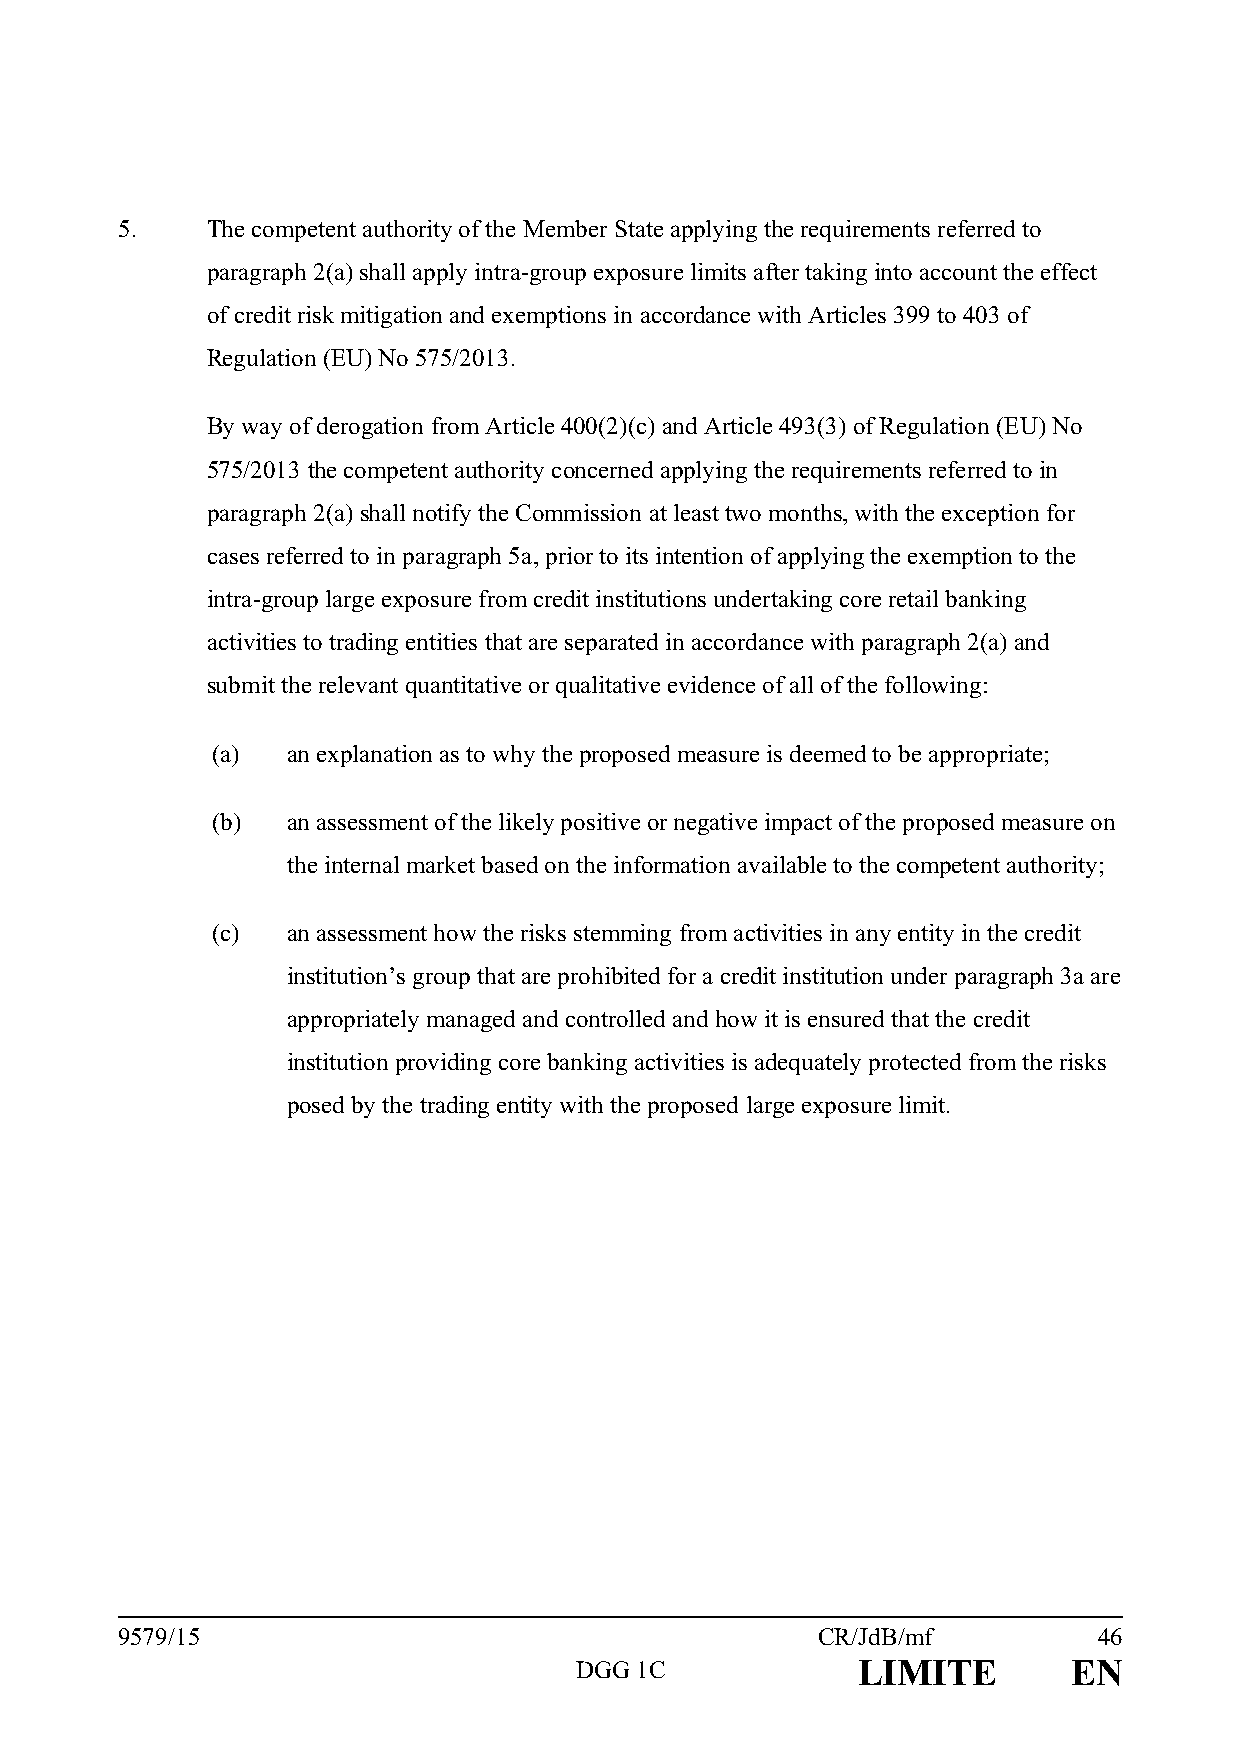
5.    The competent authority of the Member State applying the requirements referred to
 paragraph 2(a) shall apply intra-group exposure limits after taking into account the effect
 of credit risk mitigation and exemptions in accordance with Articles 399 to 403 of
 Regulation (EU) No 575/2013.
 By way of derogation from Article 400(2)(c) and Article 493(3) of Regulation (EU) No
 575/2013 the competent authority concerned applying the requirements referred to in
 paragraph 2(a) shall notify the Commission at least two months, with the exception for
 cases referred to in paragraph 5a, prior to its intention of applying the exemption to the
 intra-group large exposure from credit institutions undertaking core retail banking
 activities to trading entities that are separated in accordance with paragraph 2(a) and
 submit the relevant quantitative or qualitative evidence of all of the following:
 (a)  an explanation as to why the proposed measure is deemed to be appropriate;
 (b)  an assessment of the likely positive or negative impact of the proposed measure on
 the internal market based on the information available to the competent authority;
 (c)  an assessment how the risks stemming from activities in any entity in the credit
 institution’s group that are prohibited for a credit institution under paragraph 3a are
 appropriately managed and controlled and how it is ensured that the credit
 institution providing core banking activities is adequately protected from the risks
 posed by the trading entity with the proposed large exposure limit.
 9579/15                                       CR/JdB/mf          46
 DGG 1C             LIMITE        EN